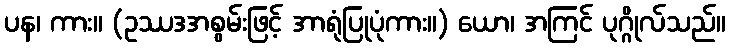
ပန၊ ကား။ (ဥဿဒအစွမ်းဖြင့် အာရုံပြုပုံကား။) ယော၊ အကြင် ပုဂ္ဂိုလ်သည်။